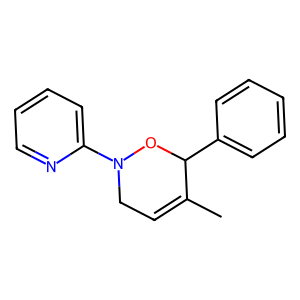
SMILES: CC1=CCN(c2ccccn2)OC1c1ccccc1
Inhibits HIV replication: No